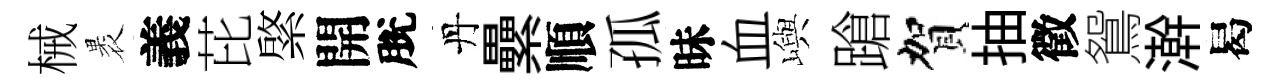
械褁義芘綮開脫丹纍順孤昧血嶼蹌賀抽徵鴛澣曷